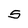
Character: S